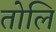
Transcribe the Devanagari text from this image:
तोलि